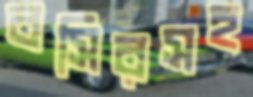
বসিরসহ